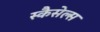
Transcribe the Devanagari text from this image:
स्कैसेल्स